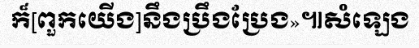
ក៏[ពួកយើង]នឹងប្រឹងប្រែង»៕សំឡេង